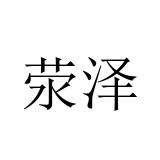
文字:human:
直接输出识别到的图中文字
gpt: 荥泽